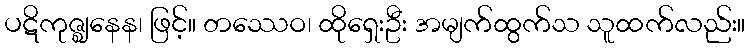
ပဋိကုဇ္ဈနေန၊ ဖြင့်။ တဿေဝ၊ ထိုရှေးဦး အမျက်ထွက်သ သူထက်လည်း။